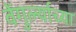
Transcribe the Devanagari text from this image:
वेंगुर्ल्याच्या